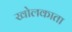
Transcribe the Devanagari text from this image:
खोलकाता